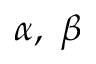
\alpha , ~ \beta